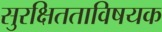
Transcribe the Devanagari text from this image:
सुरक्षितताविषयक